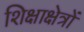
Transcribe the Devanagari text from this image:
शिक्षाक्षेत्रों